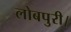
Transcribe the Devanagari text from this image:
लोबपुरी।